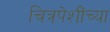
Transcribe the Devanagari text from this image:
चित्रपेशींच्या